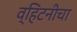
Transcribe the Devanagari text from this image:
व्हिटनीचा